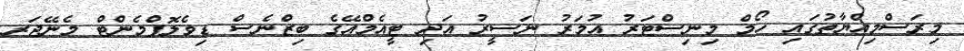
މިރަސްމިއްޔާތުގައި ހޯމް މިނިސްޓަރު އުމަރު ނަސީރު އަދި ޓީއެމްއޭގެ ބިޒްނެސް ޑިވެލޮޕްމެންޓް މެނޭޖަރ